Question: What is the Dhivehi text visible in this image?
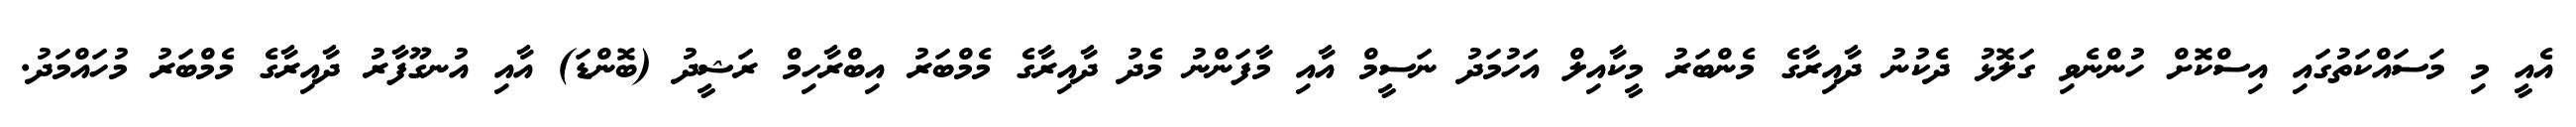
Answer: އެއީ މި މަސައްކަތުގައި އިސްކޮށް ހުންނެވި ގަލޮޅު ދެކުނު ދާއިރާގެ މެންބަރު މީކާއިލް އަހުމަދު ނަސީމް އާއި މާފަންނު މެދު ދާއިރާގެ މެމްބަރު އިބްރާހިމް ރަޝީދު (ބޮންޑަ) އާއި އުނގޫފާރު ދާއިރާގެ މެމްބަރު މުހައްމަދު.